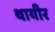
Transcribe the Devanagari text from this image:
थायीर